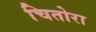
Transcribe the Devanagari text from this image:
चितोरा